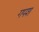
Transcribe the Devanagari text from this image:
गपश